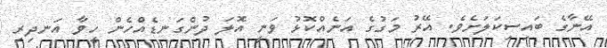
އޭނާގެ ބައިސިކަލަށެވެ. އޭރު މަގުގެ އަނެއްކޮޅު ވަނީ އޮލަ ދުންގަނޑެއްހެން ހީވާ އަނދިރި